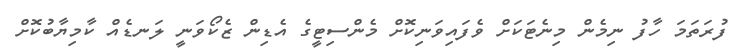
ފުރަތަމަ ހާފު ނިމެން މިނެޓަކަށް ވެފައިވަނިކޮށް މެންސިޓީގެ އެޑިން ޒެކޯވަނީ ލަނޑެއް ކާމިޔާބުކޮށް